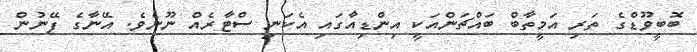
ބޮބީވޫޑްގެ ތަރި އަމީތާބް ބައްޗަންއަކީ އިންޑިއާގައި އެކަނި ސްޓާރެއް ނޫނެވެ. އޭނާގެ ފޭނުން